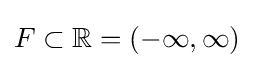
F\subset \mathbb {R} =(-\infty ,\infty )